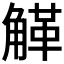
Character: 𧤒